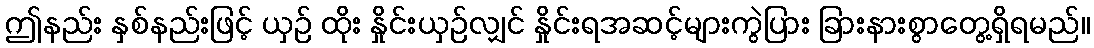
ဤနည်း နှစ်နည်းဖြင့် ယှဉ် ထိုး နှိုင်းယှဉ်လျှင် နှိုင်းရအဆင့်များကွဲပြား ခြားနားစွာတွေ့ရှိရမည်။